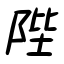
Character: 陛